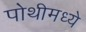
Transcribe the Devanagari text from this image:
पोथीमध्ये